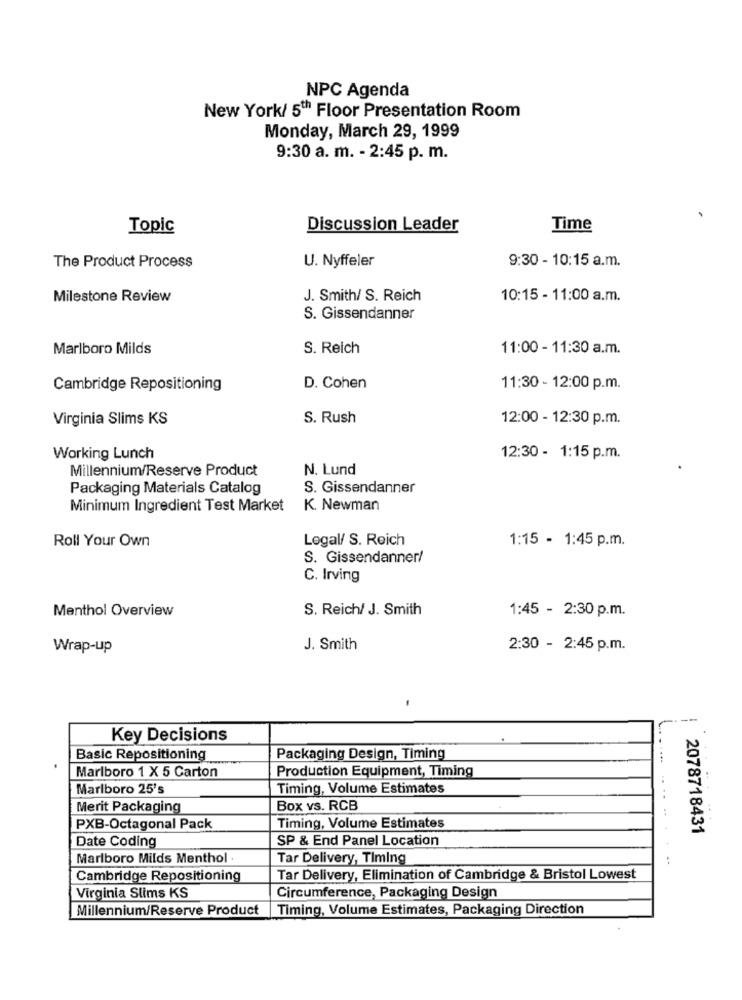
NPC Agenda
New York/ 5th Floor Presentation Room
Monday, March 29, 1999
9:30 a. m. - 2:45 p. m.
Topic
Discussion Leader
Time
U. Nyffeler
9:30 - 10:15 a.m.
The Product Process
Milestone Review
J. Smith/ S. Reich
10:15 - 11:00 a.m.
S. Gissendanner
Marlboro Milds
S. Reich
11:00 - 11:30 a.m.
Cambridge Repositioning
D. Cohen
11:30 - 12:00 p.m.
Virginia Slims KS
S. Rush
12:00 - 12:30 p.m.
Working Lunch
12:30 - 1:15 p.m.
Millennium/Reserve Product
N. Lund
Packaging Materials Catalog
S. Gissendanner
Minimum Ingredient Test Market
K. Newman
Roll Your Own
Legal/ S. Reich
1:15 - 1:45 p.m.
S. Gissendanner/
C. Irving
Menthol Overview
S. Reich/ J. Smith
1:45 - 2:30 p.m.
Wrap-up
J. Smith
2:30 - 2:45 p.m.
--
Key Decisions
Basic Repositioning
Packaging Design, Timing
Production Equipment, Timing
Marlboro 1 X 5 Carton
Marlboro 25's
Timing, Volume Estimates
Merit Packaging
Box vs. RCB
PXB-Octagonal Pack
Timing, Volume Estimates
2078718431
Date Coding
SP & End Panel Location
Marlboro Milds Menthol .
Tar Delivery, Timing
Cambridge Repositioning
Tar Delivery, Elimination of Cambridge & Bristol Lowest
Virginia Slims KS
Circumference, Packaging Design
Millennium/Reserve Product
Timing, Volume Estimates, Packaging Direction